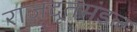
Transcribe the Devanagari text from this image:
राजदूतमंडल